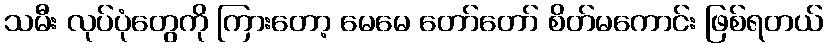
သမီး လုပ်ပုံတွေကို ကြားတော့ မေမေ တော်တော် စိတ်မကောင်း ဖြစ်ရတယ်